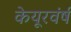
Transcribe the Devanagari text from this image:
केयूरवंर्ष